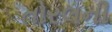
તોરલની